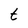
Character: t